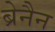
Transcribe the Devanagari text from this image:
ब्रेनैन